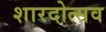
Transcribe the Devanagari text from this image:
शारदोत्सव